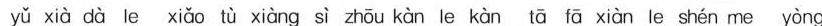
yǔ xià dà le xiǎo tù xiàng sì zhōu kàn le kàn tā fā xiàn le shén me yòng